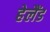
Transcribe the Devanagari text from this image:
हेलैंड